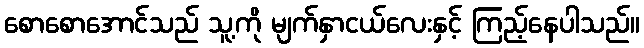
စောစောအောင်သည် သူ့ကို မျက်နှာငယ်လေးနှင့် ကြည့်နေပါသည်။